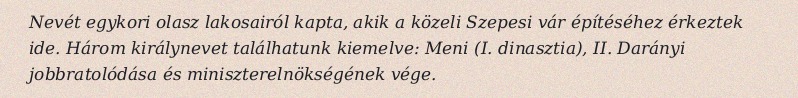
Nevét egykori olasz lakosairól kapta, akik a közeli Szepesi vár építéséhez érkeztek ide. Három királynevet találhatunk kiemelve: Meni (I. dinasztia), II. Darányi jobbratolódása és miniszterelnökségének vége.